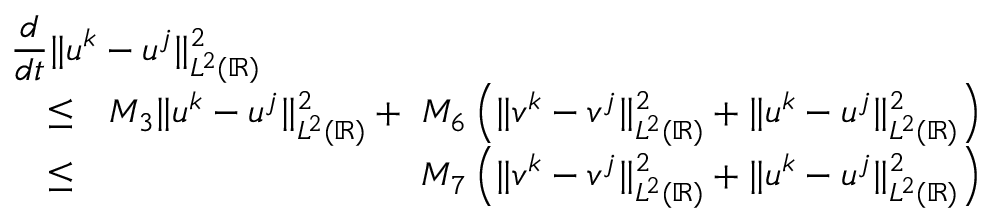
\begin{array} { r l r } { \lefteqn { \frac { d } { d t } \| u ^ { k } - u ^ { j } \| _ { L ^ { 2 } ( \mathbb { R } ) } ^ { 2 } } } \\ & { \leq } & { M _ { 3 } \| u ^ { k } - u ^ { j } \| _ { L ^ { 2 } ( \mathbb { R } ) } ^ { 2 } + \ M _ { 6 } \left( \| v ^ { k } - v ^ { j } \| _ { L ^ { 2 } ( \mathbb { R } ) } ^ { 2 } + \| u ^ { k } - u ^ { j } \| _ { L ^ { 2 } ( \mathbb { R } ) } ^ { 2 } \right) } \\ & { \leq } & { \ M _ { 7 } \left( \| v ^ { k } - v ^ { j } \| _ { L ^ { 2 } ( \mathbb { R } ) } ^ { 2 } + \| u ^ { k } - u ^ { j } \| _ { L ^ { 2 } ( \mathbb { R } ) } ^ { 2 } \right) } \end{array}